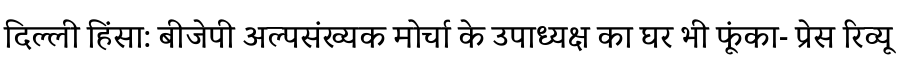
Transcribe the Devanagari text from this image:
दिल्ली हिंसा: बीजेपी अल्पसंख्यक मोर्चा के उपाध्यक्ष का घर भी फूंका- प्रेस रिव्यू